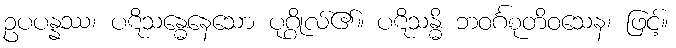
ဥပပန္နဿ၊ ပဋိသန္ဓေနေသော ပုဂ္ဂိုလ်၏။ ပဋိသန္ဓိ ဘဝင်္ဂစုတိဝသေန၊ ဖြင့်။